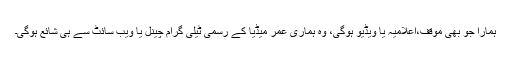
ہمارا جو بھی موقف،اعلامیہ یا ویڈیو ہوگی، وہ ہماری عمر میڈیا کے رسمی ٹیلی گرام چینل یا ویب سائٹ سے ہی شائع ہوگی۔